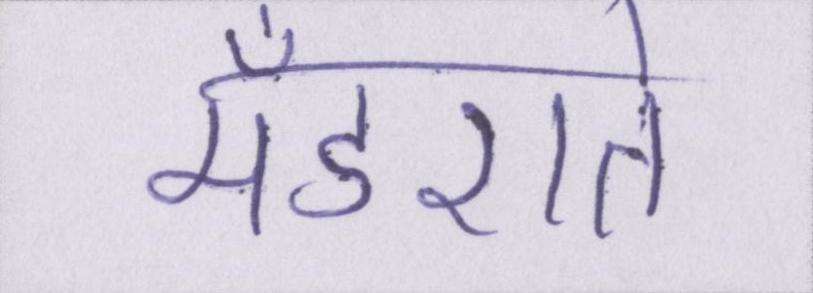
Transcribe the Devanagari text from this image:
मँडराते